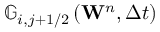
{ { \mathbb { G } } _ { i , j + 1 / 2 } } \left( { { \mathbf { W } } ^ { n } } , \Delta t \right)